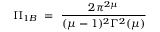
\Pi _ { 1 B } ~ = ~ \frac { 2 \pi ^ { 2 \mu } } { ( \mu - 1 ) ^ { 2 } \Gamma ^ { 2 } ( \mu ) }